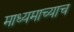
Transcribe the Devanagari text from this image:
माध्यमाच्याच